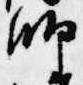
師